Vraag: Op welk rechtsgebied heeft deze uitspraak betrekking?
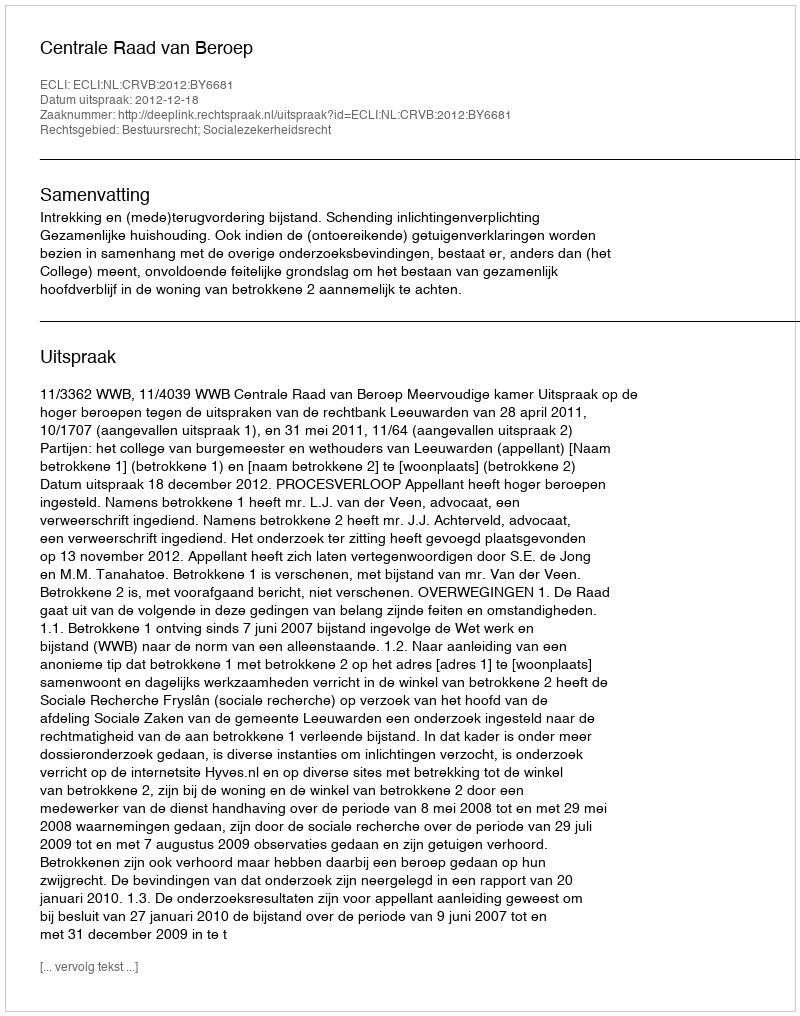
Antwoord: Bestuursrecht; Socialezekerheidsrecht